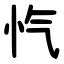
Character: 忾